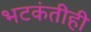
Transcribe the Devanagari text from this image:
भटकंतीही